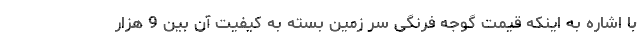
با اشاره به اینکه قیمت گوجه فرنگی سر زمین بسته به کیفیت آن بین 9 هزار